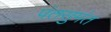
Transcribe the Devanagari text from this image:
पंतसुमंत